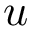
u